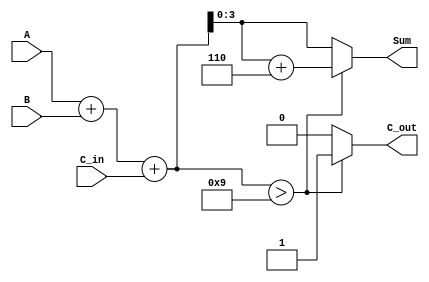
module bcd_adder (
    input  [3:0] A,      // First BCD digit
    input  [3:0] B,      // Second BCD digit
    input        C_in,    // Carry input
    output reg [3:0] Sum, // BCD result
    output reg C_out      // Carry output
);
    
    reg [4:0] S;          // 5-bit sum for intermediate addition

    always @(*) begin
        // Step 1: Binary Addition
        S = A + B + C_in; // Compute the initial sum
        
        // Step 2: BCD Correction
        if (S > 9) begin
            // If S > 9, correct it by adding 6 (0110)
            Sum = S + 5'b00110; // Add 6
            C_out = 1;          // Set carry out
        end else begin
            // No correction needed
            Sum = S[3:0];       // Use lower 4 bits of S
            C_out = 0;          // No carry out
        end
    end

endmodule